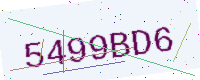
Text: 5499BD6